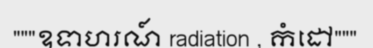
"""ឧទាហរណ៍ radiation , កំដៅ"""